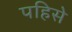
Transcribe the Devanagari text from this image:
पहिसे